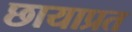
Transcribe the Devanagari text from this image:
छायाप्रत